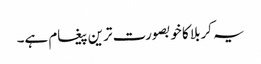
یہ کربلا کا خوبصورت ترین پیغام ہے۔